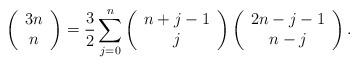
LaTeX: \begin{align*}\left( \begin{array}{c}3n \\ n\end{array}\right) =\frac{3}{2}\sum_{j=0}^{n}\left( \begin{array}{c}n+j-1 \\ j\end{array}\right) \left( \begin{array}{c}2n-j-1 \\ n-j\end{array}\right) . \end{align*}